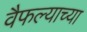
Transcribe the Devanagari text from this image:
वैफल्याच्या